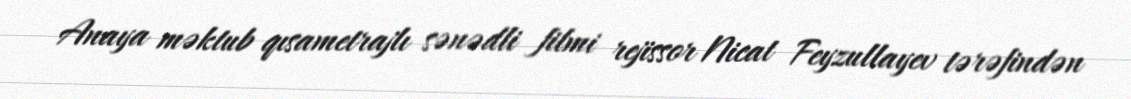
Anaya məktub qısametrajlı sənədli filmi rejissor Nicat Feyzullayev tərəfindən